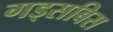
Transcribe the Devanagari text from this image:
गड्सबिस